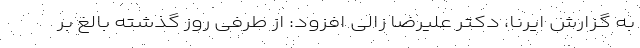
به گزارش ایرنا، دکتر علیرضا زالی افزود: از طرفی روز گذشته بالغ بر